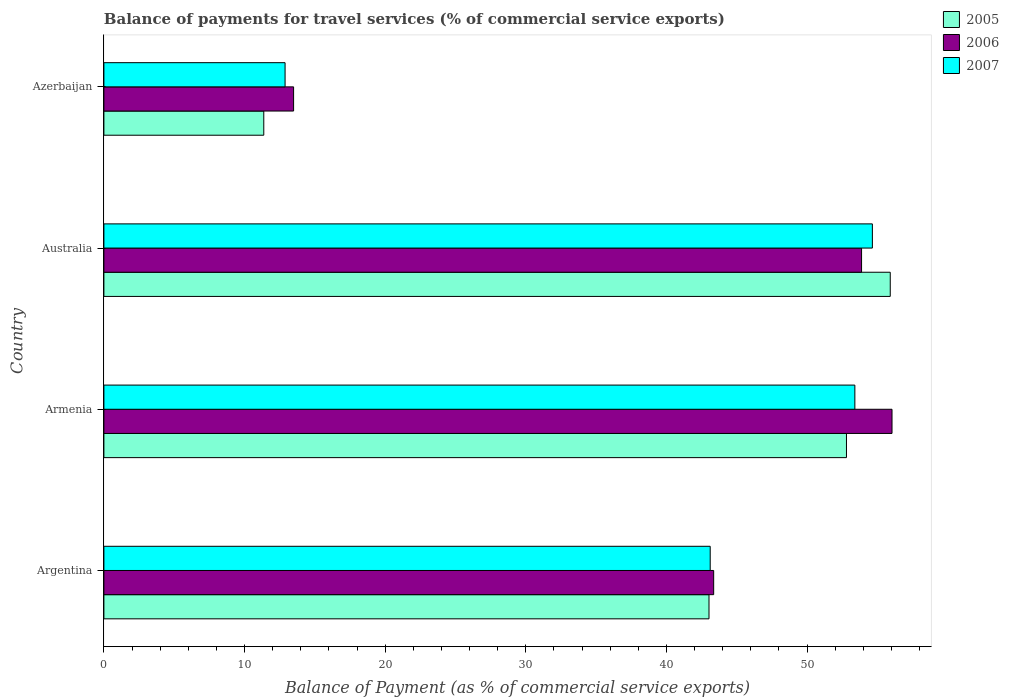
| Country | 2005 | 2006 | 2007 |
 | --- | --- | --- | --- |
 | Argentina | 43 | 43.4 | 43.1 |
 | Armenia | 52.8 | 56 | 53.4 |
 | Australia | 55.9 | 53.9 | 54.6 |
 | Azerbaijan | 11.4 | 13.5 | 12.9 |